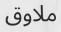
ملاوق